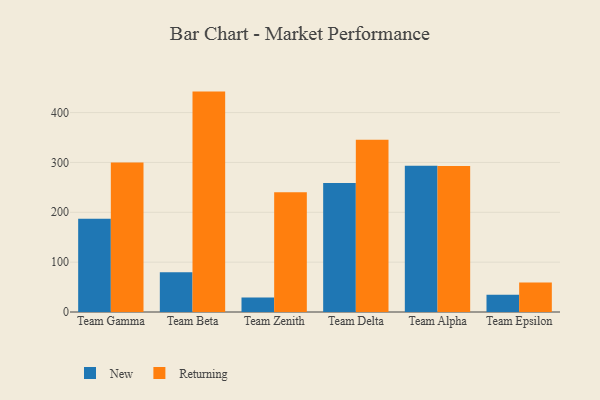
{"axis": {"x": "Team", "y": "Production Output"}, "legend": ["New", "Returning"], "data": [{"x": "Team Gamma", "y": 187.0, "type": "New"}, {"x": "Team Gamma", "y": 300.0, "type": "Returning"}, {"x": "Team Beta", "y": 79.6, "type": "New"}, {"x": "Team Beta", "y": 442.1, "type": "Returning"}, {"x": "Team Zenith", "y": 29.0, "type": "New"}, {"x": "Team Zenith", "y": 240.4, "type": "Returning"}, {"x": "Team Delta", "y": 259.0, "type": "New"}, {"x": "Team Delta", "y": 345.5, "type": "Returning"}, {"x": "Team Alpha", "y": 293.2, "type": "New"}, {"x": "Team Alpha", "y": 292.8, "type": "Returning"}, {"x": "Team Epsilon", "y": 34.7, "type": "New"}, {"x": "Team Epsilon", "y": 59.4, "type": "Returning"}]}